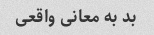
بد به معانی واقعی